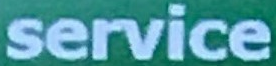
service